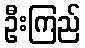
ဦးကြည်